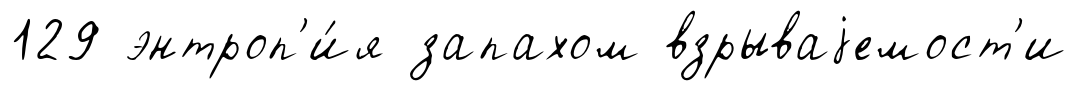
129 энтроп'и́я запахом взрываjемост'и